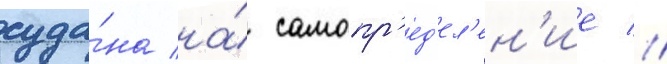
суда́на на́ самопр'ед'ел'ен'ие //